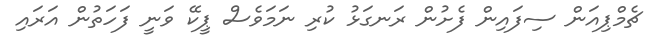
ޗެމްޕިއަން ސިފައިން ފެށުން ރަނގަޅު ކުރި ނަމަވެސް ޕީކޭ ވަނީ ފަހަތުން އަރައި